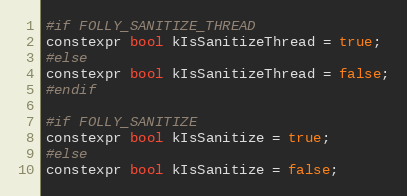
Language: C
#if FOLLY_SANITIZE_THREAD
constexpr bool kIsSanitizeThread = true;
#else
constexpr bool kIsSanitizeThread = false;
#endif

#if FOLLY_SANITIZE
constexpr bool kIsSanitize = true;
#else
constexpr bool kIsSanitize = false;